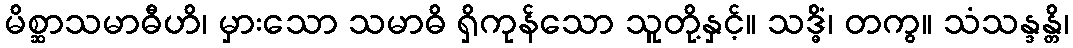
မိစ္ဆာသမာဓီဟိ၊ မှားသော သမာဓိ ရှိကုန်သော သူတို့နှင့်။ သဒ္ဓိံ၊ တကွ။ သံသန္ဒန္တိ၊